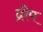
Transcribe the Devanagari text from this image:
द्रीप